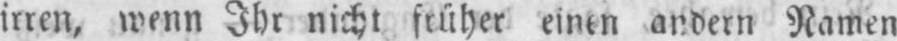
irren, wenn Ihr nicht früher einen andern Namen